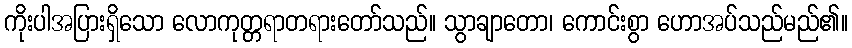
ကိုးပါအပြားရှိသော လောကုတ္တရာတရားတော်သည်။ သွာချာတော၊ ကောင်းစွာ ဟောအပ်သည်မည်၏။